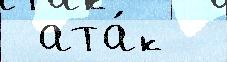
 ата́к